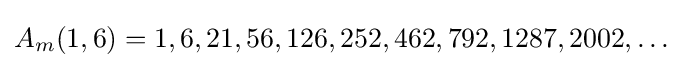
A_{m}(1,6)=1,6,21,56,126,252,462,792,1287,2002,\ldots